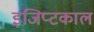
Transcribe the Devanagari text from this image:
इजिप्टकाल